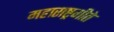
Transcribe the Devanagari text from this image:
महाराष्ट्रगीते